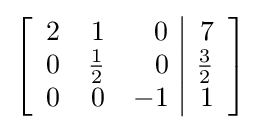
\left[{\begin{array}{rrr|r}2&1&0&7\\0&{\frac {1}{2}}&0&{\frac {3}{2}}\\0&0&-1&1\end{array}}\right]